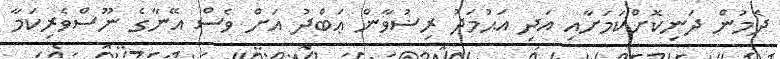
ދެމުން ދަނިކޮށްކަމަށާއި އަދި އަޙުމަދު ރިޟުވާން ޢަބްދު އަށް ވެސް އޭނާގެ ނޫސްވެރިކަމާ